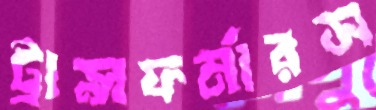
ট্রান্সফর্মারস